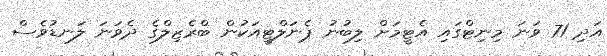
އަދި 71 ވަނަ މިނިޓްގައި އެޓީމަށް ލިބުނު ޕެނަލްޓީއަކުން ބްރެޒިލްގެ ދެވަނަ ލަނޑުވެސް